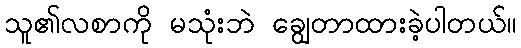
သူ၏လစာကို မသုံးဘဲ ချွေတာထားခဲ့ပါတယ်။